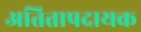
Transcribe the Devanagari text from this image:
अतितापदायक